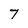
Character: 7